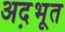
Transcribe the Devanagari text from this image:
अद़भूत